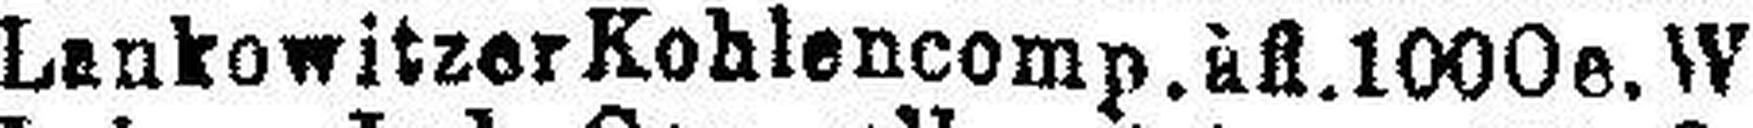
Lankowitzer Kohlencomp. à fl. 100Oe, W.